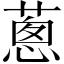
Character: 蔥